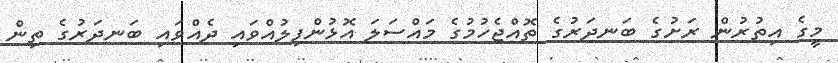
މީގެ އިތުރުން ރަށުގެ ބަނދަރުގެ ތޮއްޖެހުމުގެ މައްސަލަ އޮޅުންފިލުއްވައި ދެއްވައި ބަނދަރުގެ ތިން